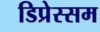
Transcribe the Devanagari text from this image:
डिप्रेस्सम